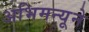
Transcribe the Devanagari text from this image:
अभिमन्यूने